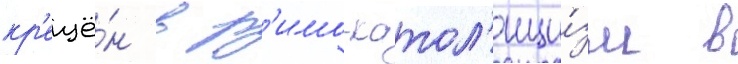
кр'ещё́н в р'имо-катол'ици́зм в